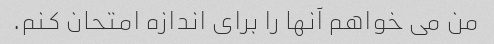
من می خواهم آنها را برای اندازه امتحان کنم.